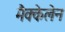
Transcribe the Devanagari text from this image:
मैक्केलेन